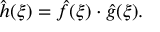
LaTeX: { \hat { h } } ( \xi ) = { \hat { f } } ( \xi ) \cdot { \hat { g } } ( \xi ) .